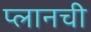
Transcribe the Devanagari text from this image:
प्लानची